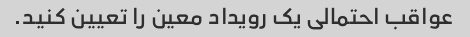
عواقب احتمالی یک رویداد معین را تعیین کنید.